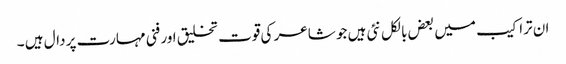
ان تراکیب میں بعض بالکل نئی ہیں جو شاعر کی قوت تخلیق اور فنی مہارت پر دال ہیں ۔